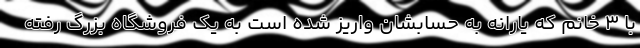
با 3 خانم که یارانه به حسابشان واریز شده است به یک فروشگاه بزرگ رفته